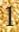
1